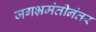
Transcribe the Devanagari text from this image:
जगभ्रमंतीनंतर